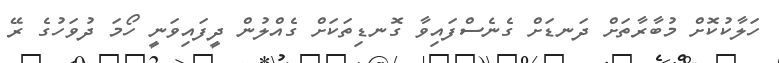
ހަލާކުކޮށް މުބާރާތަށް ދަނޑަށް ގެނެސްފައިވާ ގޮނޑިތަކަށް ގެއްލުން ދީފައިވަނީ ހޯމަ ދުވަހުގެ ރޭ